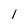
Character: 1